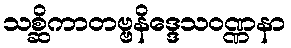
သစ္ဆိကာတဗ္ဗနိဒ္ဒေသဝဏ္ဏနာ